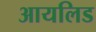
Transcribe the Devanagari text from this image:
आयलिड